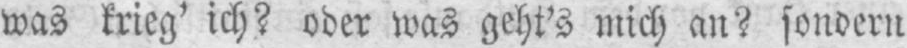
was krieg’ ich? oder was geht’s mich an? sondern